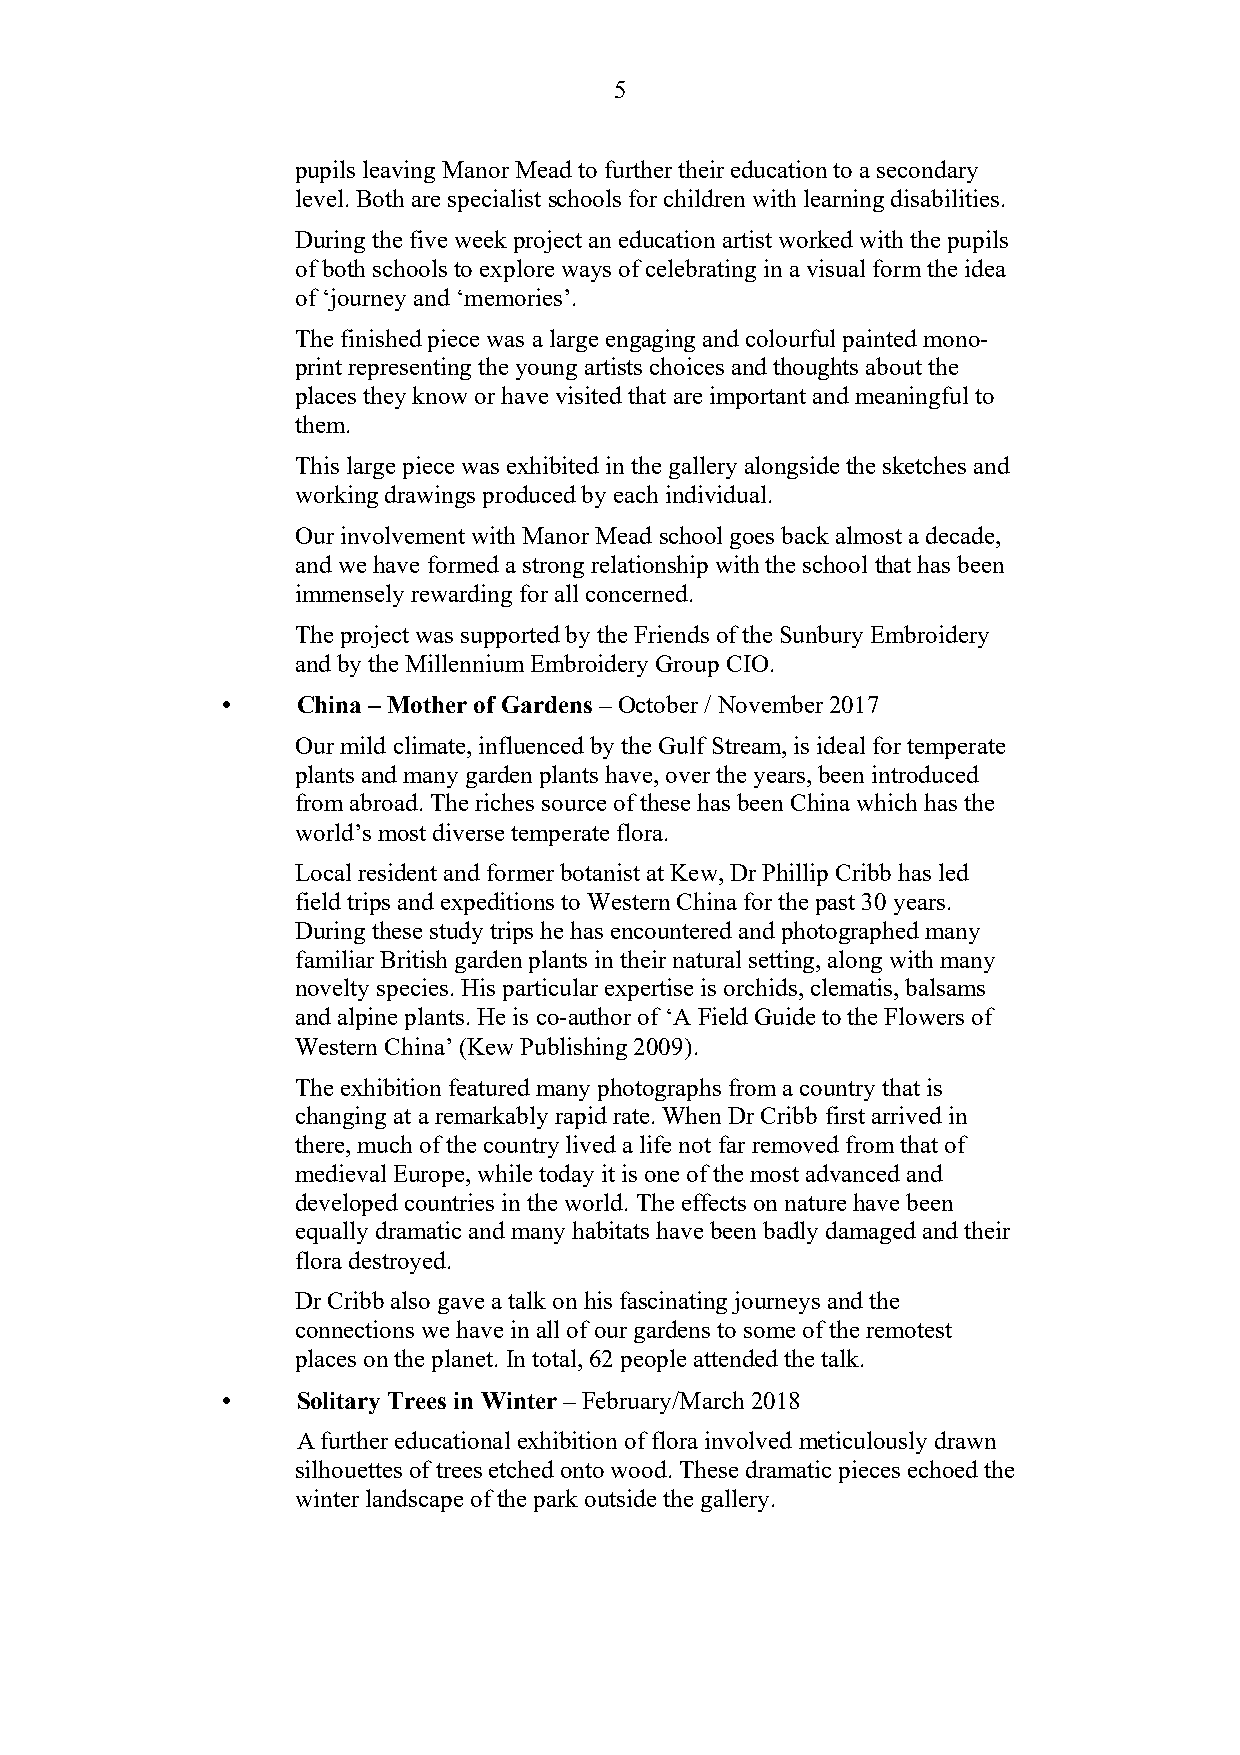
5
 pupils leaving Manor Mead to further their education to a secondary
 level. Both are specialist schools for children with learning disabilities.
 During the five week project an education artist worked with the pupils
 of both schools to explore ways of celebrating in a visual form the idea
 of ‘journey and ‘memories’.
 The finished piece was a large engaging and colourful painted mono-
 print representing the young artists choices and thoughts about the
 places they know or have visited that are important and meaningful to
 them.
 This large piece was exhibited in the gallery alongside the sketches and
 working drawings produced by each individual.
 Our involvement with Manor Mead school goes back almost a decade,
 and we have formed a strong relationship with the school that has been
 immensely rewarding for all concerned.
 The project was supported by the Friends of the Sunbury Embroidery
 and by the Millennium Embroidery Group CIO.
 •    China – Mother of Gardens – October / November 2017
 Our mild climate, influenced by the Gulf Stream, is ideal for temperate
 plants and many garden plants have, over the years, been introduced
 from abroad. The riches source of these has been China which has the
 world’s most diverse temperate flora.
 Local resident and former botanist at Kew, Dr Phillip Cribb has led
 field trips and expeditions to Western China for the past 30 years.
 During these study trips he has encountered and photographed many
 familiar British garden plants in their natural setting, along with many
 novelty species. His particular expertise is orchids, clematis, balsams
 and alpine plants. He is co-author of ‘A Field Guide to the Flowers of
 Western China’ (Kew Publishing 2009).
 The exhibition featured many photographs from a country that is
 changing at a remarkably rapid rate. When Dr Cribb first arrived in
 there, much of the country lived a life not far removed from that of
 medieval Europe, while today it is one of the most advanced and
 developed countries in the world. The effects on nature have been
 equally dramatic and many habitats have been badly damaged and their
 flora destroyed.
 Dr Cribb also gave a talk on his fascinating journeys and the
 connections we have in all of our gardens to some of the remotest
 places on the planet. In total, 62 people attended the talk.
 •    Solitary Trees in Winter – February/March 2018
 A further educational exhibition of flora involved meticulously drawn
 silhouettes of trees etched onto wood. These dramatic pieces echoed the
 winter landscape of the park outside the gallery.